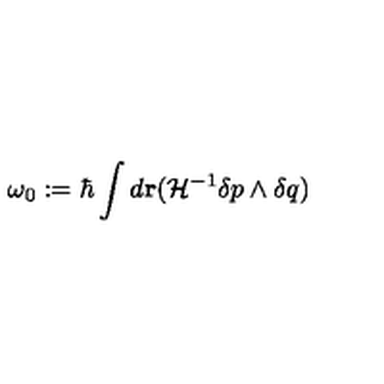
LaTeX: \omega _ { 0 } : = \hbar \int d { \bf r } ( { \cal H } ^ { - 1 } \delta p \wedge \delta q )